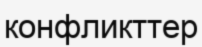
конфликттер